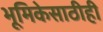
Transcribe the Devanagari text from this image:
भूमिकेसाठीही